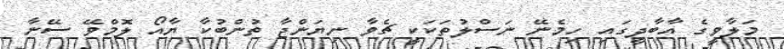
މަލާވީގެ އާބާދީގައި ހިމެނޭ ނަސްލުތަކަކީ ޗެވާ ނިޔަންޖާ ތުންބުކާ ޔާއޯ ލޮމްވޭ ސޭނާ